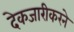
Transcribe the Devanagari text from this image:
देकजारीकरने